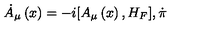
\dot { A } _ { \mu } \left( x \right) = - i [ A _ { \mu } \left( x \right) , H _ { F } ] , \dot { \pi }